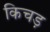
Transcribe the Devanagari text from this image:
किचड़